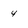
Character: 4